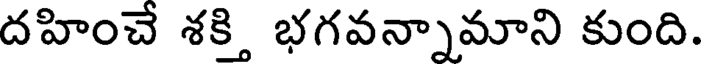
దహించే శక్తి భగవన్నామాని కుంది.